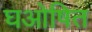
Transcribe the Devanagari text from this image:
घओषित